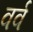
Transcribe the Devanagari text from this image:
वर्व